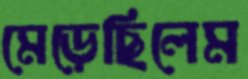
মেড়েছিলেম